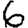
Digit: 6